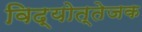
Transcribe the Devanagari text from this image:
विद्योत्तेजक